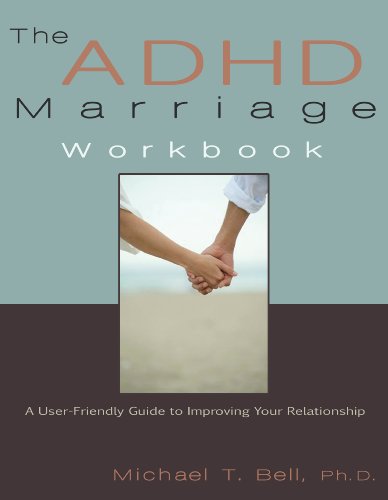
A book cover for The ADHD Marriage Workbook: A User-Friendly Guide to Improving Your Relationship; Michael T Bell; Parenting & Relationships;